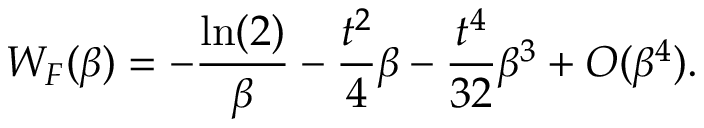
{ \cal W } _ { F } ( \beta ) = - \frac { \ln ( 2 ) } { \beta } - \frac { t ^ { 2 } } { 4 } \beta - \frac { t ^ { 4 } } { 3 2 } \beta ^ { 3 } + { \cal O } ( \beta ^ { 4 } ) .